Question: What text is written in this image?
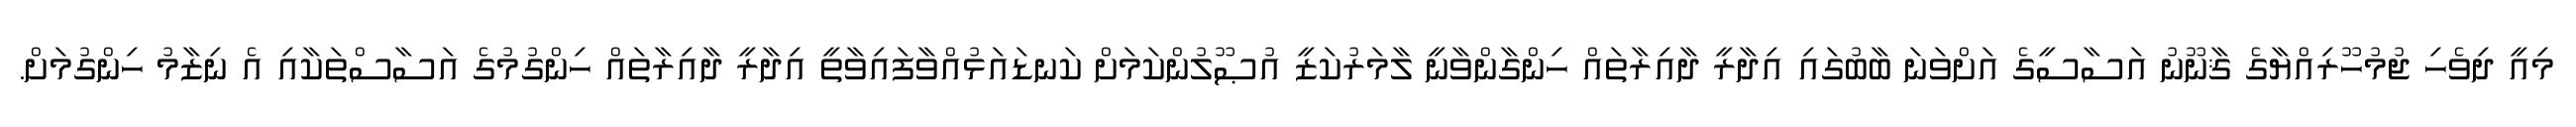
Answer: މިއީ ދިވެހި ޖުމުހޫރިއްޔާގެ ޤާނޫނު އަސާސީގެ އަށްވަނަ ބާބުގައި އިދާރީ ދާއިރާތައް ހިންގާންވާނީ ލާމަރުކަޒީ އުޞޫލުންކަމަށް ކަނޑައަޅުއްވާފައިވާތީ އިދާރީ ދާއިރާތައް ހިންގުމުގެ އަސާސްތަކާއި އެ ނިޒާމު ހިންގުމަށް.